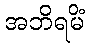
အဘိရမိံ